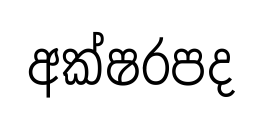
අක්ෂරපද